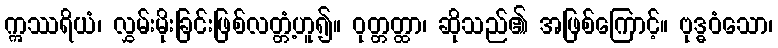
ဣဿရိယံ၊ လွှမ်းမိုးခြင်းဖြစ်လတ္တံ့ဟူ၍။ ဝုတ္တတ္ထာ၊ ဆိုသည်၏ အဖြစ်ကြောင့်။ ဗုဒ္ဓဝံသော၊